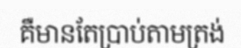
គឺមានតែប្រាប់តាមត្រង់